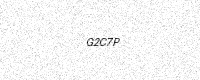
Text: G2C7P